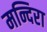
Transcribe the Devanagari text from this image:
मन्दिरा